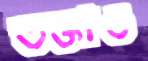
তক্তাও